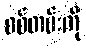
စစ်တမ်းကို